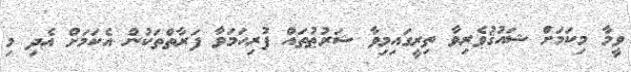
ވީމާ މިކަމަށް ޝައުޤުވެރިވާ ތިރީގައިމިވާ ޝަރުޠުތައް ފުރިހަމަވާ ފަރާތްތަކުން އެކަމަށް އެދި މި